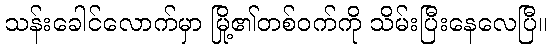
သန်းခေါင်လောက်မှာ မြို့၏တစ်ဝက်ကို သိမ်းပြီးနေလေပြီ။